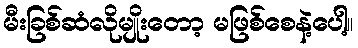
မီးခြစ်ဆံလိုမျိုးတော့ မဖြစ်စေနဲ့ပေါ့။